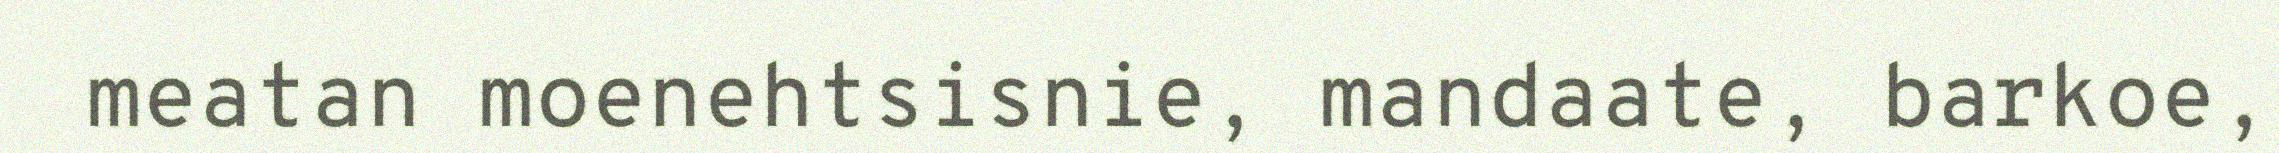
meatan moenehtsisnie, mandaate, barkoe,